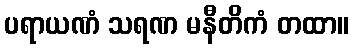
ပရာယဏံ သရဏ မနီတိကံ တထာ။